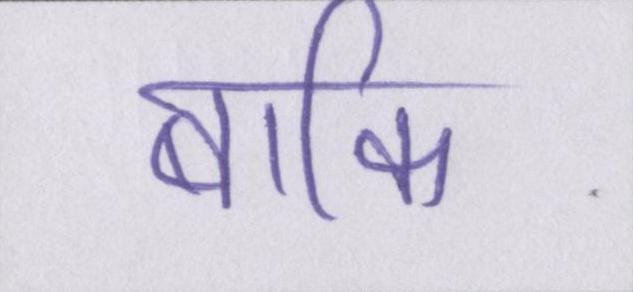
बाकि